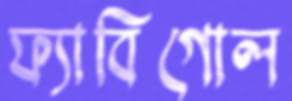
ফ্যাবিগোল